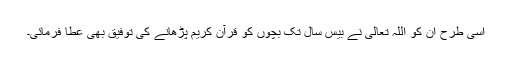
اسی طرح ان کو اللہ تعالیٰ نے بیس سال تک بچوں کو قرآنِ کریم پڑھانے کی توفیق بھی عطا فرمائی۔